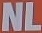
NL